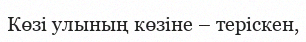
Көзi улының көзiне – терiскен,